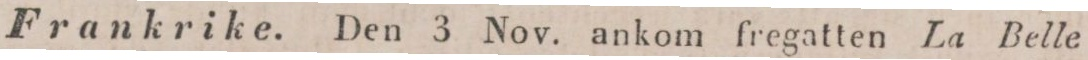
Frankrike. Den 3 Nov. ankom fregatten La Belle